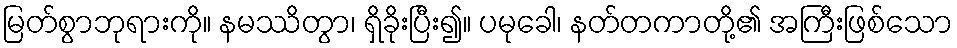
မြတ်စွာဘုရားကို။ နမဿိတွာ၊ ရှိခိုးပြီး၍။ ပမုခေါ၊ နတ်တကာတို့၏ အကြီးဖြစ်သော